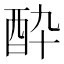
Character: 酔